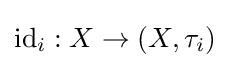
\operatorname {id} _{i}:X\to \left(X,\tau _{i}\right)